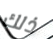
ذلك